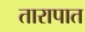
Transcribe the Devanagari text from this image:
तारापात